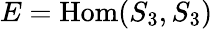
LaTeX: E=\operatorname{Hom}(S_{3},S_{3})